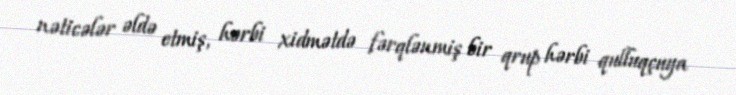
nəticələr əldə etmiş, hərbi xidmətdə fərqlənmiş bir qrup hərbi qulluqçuya